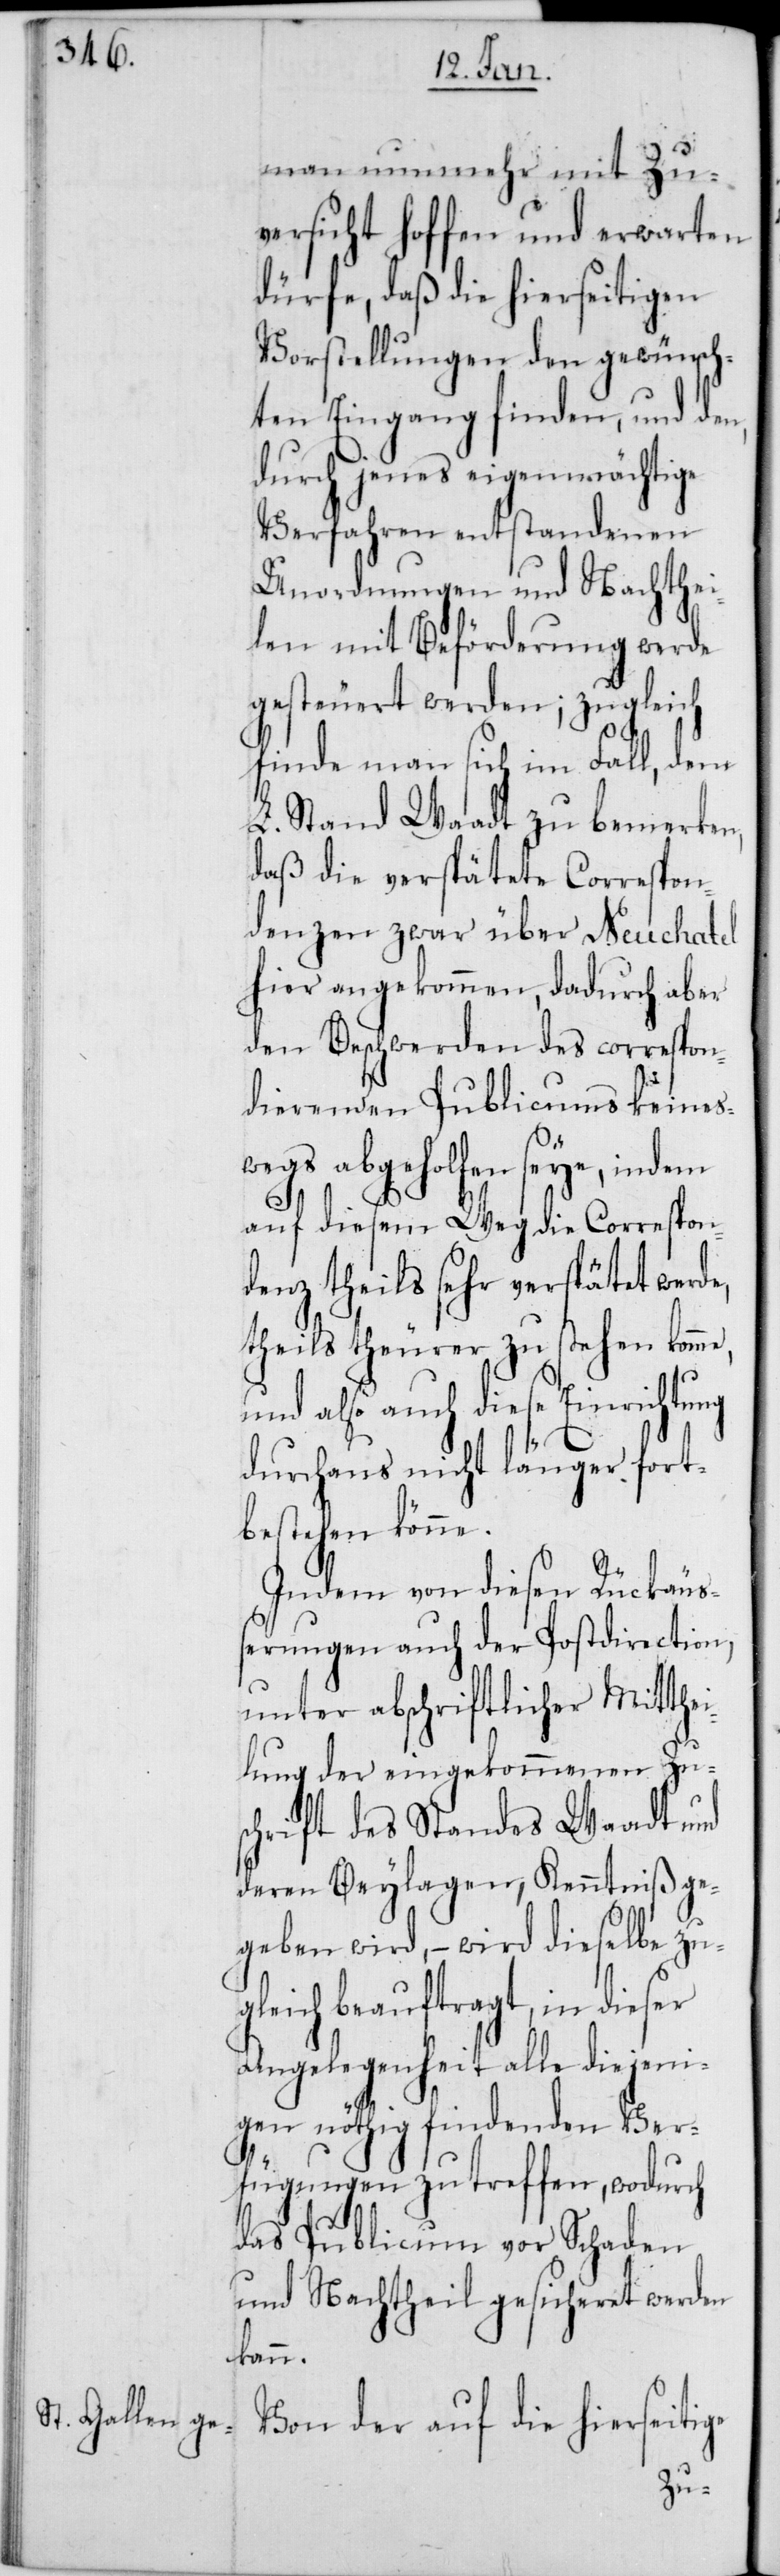
man nunmehr mit Zu¬
versicht hoffen und erwarten
dürfe, daß die hierseitigen
Vorstellungen den gewünsch¬
ten Eingang finden, und den,
durch jenes eigenmächtige
Verfahren entstandenen
Unordnungen und Nachthei¬
le mit Beförderung werde
gesteuert werden; zugleich
finde man sich im Fall, dem
L. Stand Waadt zu bemerken,
daß die verspätete Correspon¬
denz zwar über Neuchatel
hier angekommen, dadurch aber
den Beschwerden des correspon¬
dierenden Publicums keines¬
wegs abgeholfen seye, indem
auf diesem Weg die Correspon¬
denz theils sehr verspätet werde,
theils theurer zu stehen komme,
und also auch diese Einrichtung
durchaus nicht länger fort¬
bestehen könne.
Indem von diesen Rückäuß¬
erungen auch der Postdirection,
unter abschriftlicher Mitthei¬
lung der eingekommenen Zu¬
schrift des Standes Waadt und
deren Beylagen, Kenntniß ge¬
geben wird, – wird dieselbe zu¬
gleich beauftragt, in dieser
Angelegenheit alle diejeni¬
gen nöthig findenden Ver¬
fügungen zu treffen, wodurch
das Publicum vor Schaden
und Nachtheil gesicheret werden
kann.
Von der auf die hierseitige